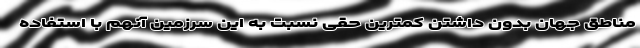
مناطق جهان بدون داشتن کمترین حقی نسبت به این سرزمین آنهم با استفاده